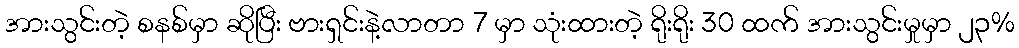
အားသွင်းတဲ့ စနစ်မှာ ဆိုပြီး ဗားရှင်းနဲ့လာတာ 7 မှာ သုံးထားတဲ့ ရိုးရိုး 30 ထက် အားသွင်းမှုမှာ ၂၃%